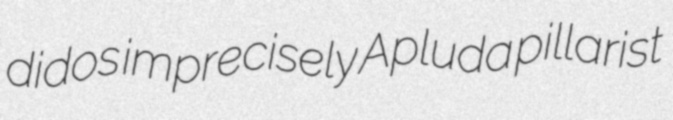
didos imprecisely Apluda pillarist